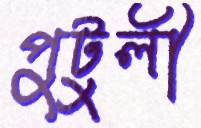
পুটুলী